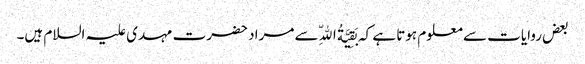
بعض روایات سے معلوم ہوتا ہے کہ بَقِیَّةُ اللّهِ سے مراد حضرت مہدی علیہ السلام ہیں۔